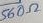
Text: 560Ω